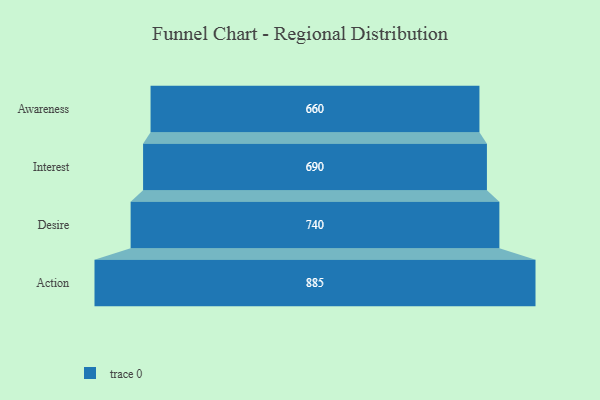
{"axis": {"x": "Stage", "y": "Value"}, "legend": [""], "data": [{"x": "Awareness", "y": 660.0, "type": ""}, {"x": "Interest", "y": 690.0, "type": ""}, {"x": "Desire", "y": 740.0, "type": ""}, {"x": "Action", "y": 885.0, "type": ""}]}